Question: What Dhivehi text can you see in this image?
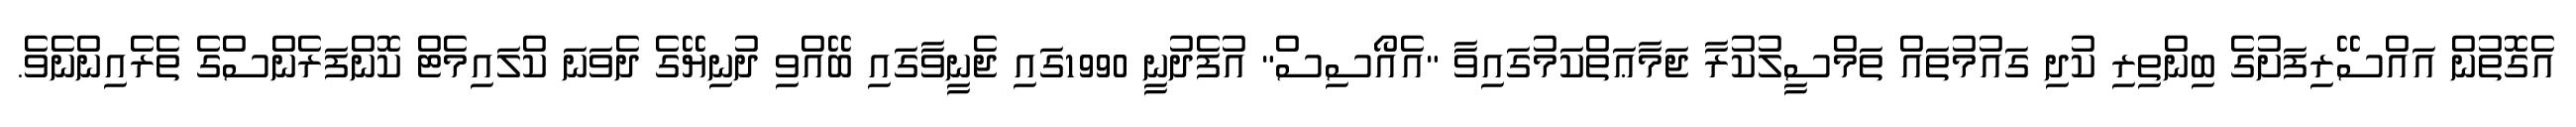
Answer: އެގޮތުން އައްސޭރިފަށުގެ ބިންތިރި ކުދި ގައުމުތައް ތަމްސީލުކުރާ ޖަމާޢަތްކަމުގައިވާ "އެއޯސިސް" އުފެދުނީ 1990ގައި ޖެނީވާގައި ބޭއްވި ދުނިޔޭގެ ދެވަނަ ކްލައިމެޓް ކޮންފަރެންސްގެ ތެރެއިންނެވެ.